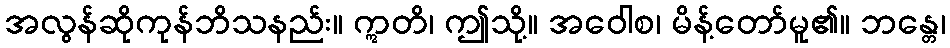
အလွန်ဆိုကုန်ဘိသနည်း။ ဣတိ၊ ဤသို့။ အဝေါစ၊ မိန့်တော်မူ၏။ ဘန္တေ၊